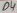
Text: D4